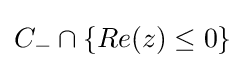
C_{-}\cap \left\{Re(z)\leq 0\right\}